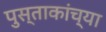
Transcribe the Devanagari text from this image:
पुस्ताकांच्या